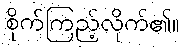
စိုက်ကြည့်လိုက်၏။